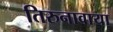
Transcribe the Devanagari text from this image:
तिरुनावाया